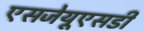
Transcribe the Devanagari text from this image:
एसजेयूएसडी